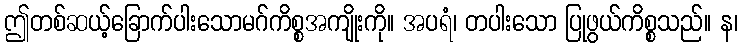
ဤတစ်ဆယ့်ခြောက်ပါးသောမဂ်ကိစ္စအကျိုးကို။ အပရံ၊ တပါးသော ပြုဖွယ်ကိစ္စသည်။ န၊